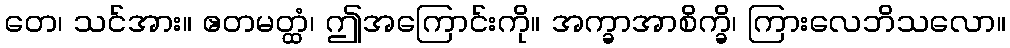
တေ၊ သင်အား။ ဧတမတ္ထံ၊ ဤအကြောင်းကို။ အက္ခာအာစိက္ခိ၊ ကြားလေဘိသလော။